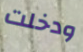
ودخلت